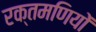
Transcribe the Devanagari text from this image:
रक्तमणियों